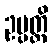
ဥပ္ပတ္တိ